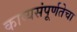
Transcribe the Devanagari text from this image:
काव्यसंपूर्णतेचा